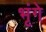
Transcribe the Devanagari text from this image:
भृंगे